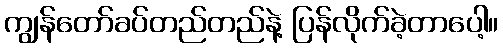
ကျွန်တော်ခပ်တည်တည်နဲ့ ပြန်လိုက်ခဲ့တာပေါ့။